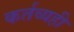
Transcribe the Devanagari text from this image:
कर्तव्यही